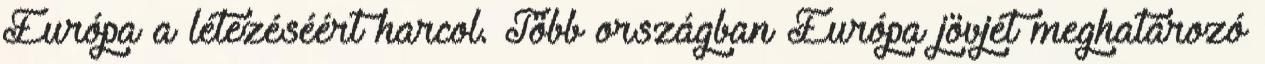
Európa a létezéséért harcol. Több országban Európa jövjét meghatározó